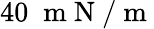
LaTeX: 40\; \mathrm{~m~N~/~m~}